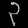
Digit: ၃